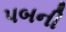
પબની